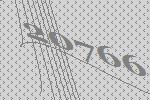
20766